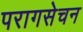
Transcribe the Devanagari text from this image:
परागसेचन